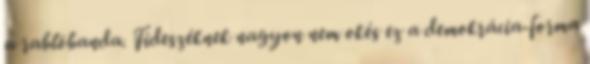
a rablóbanda. Fideszéknek nagyon nem okés ez a demokrácia-forma